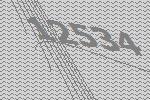
12534